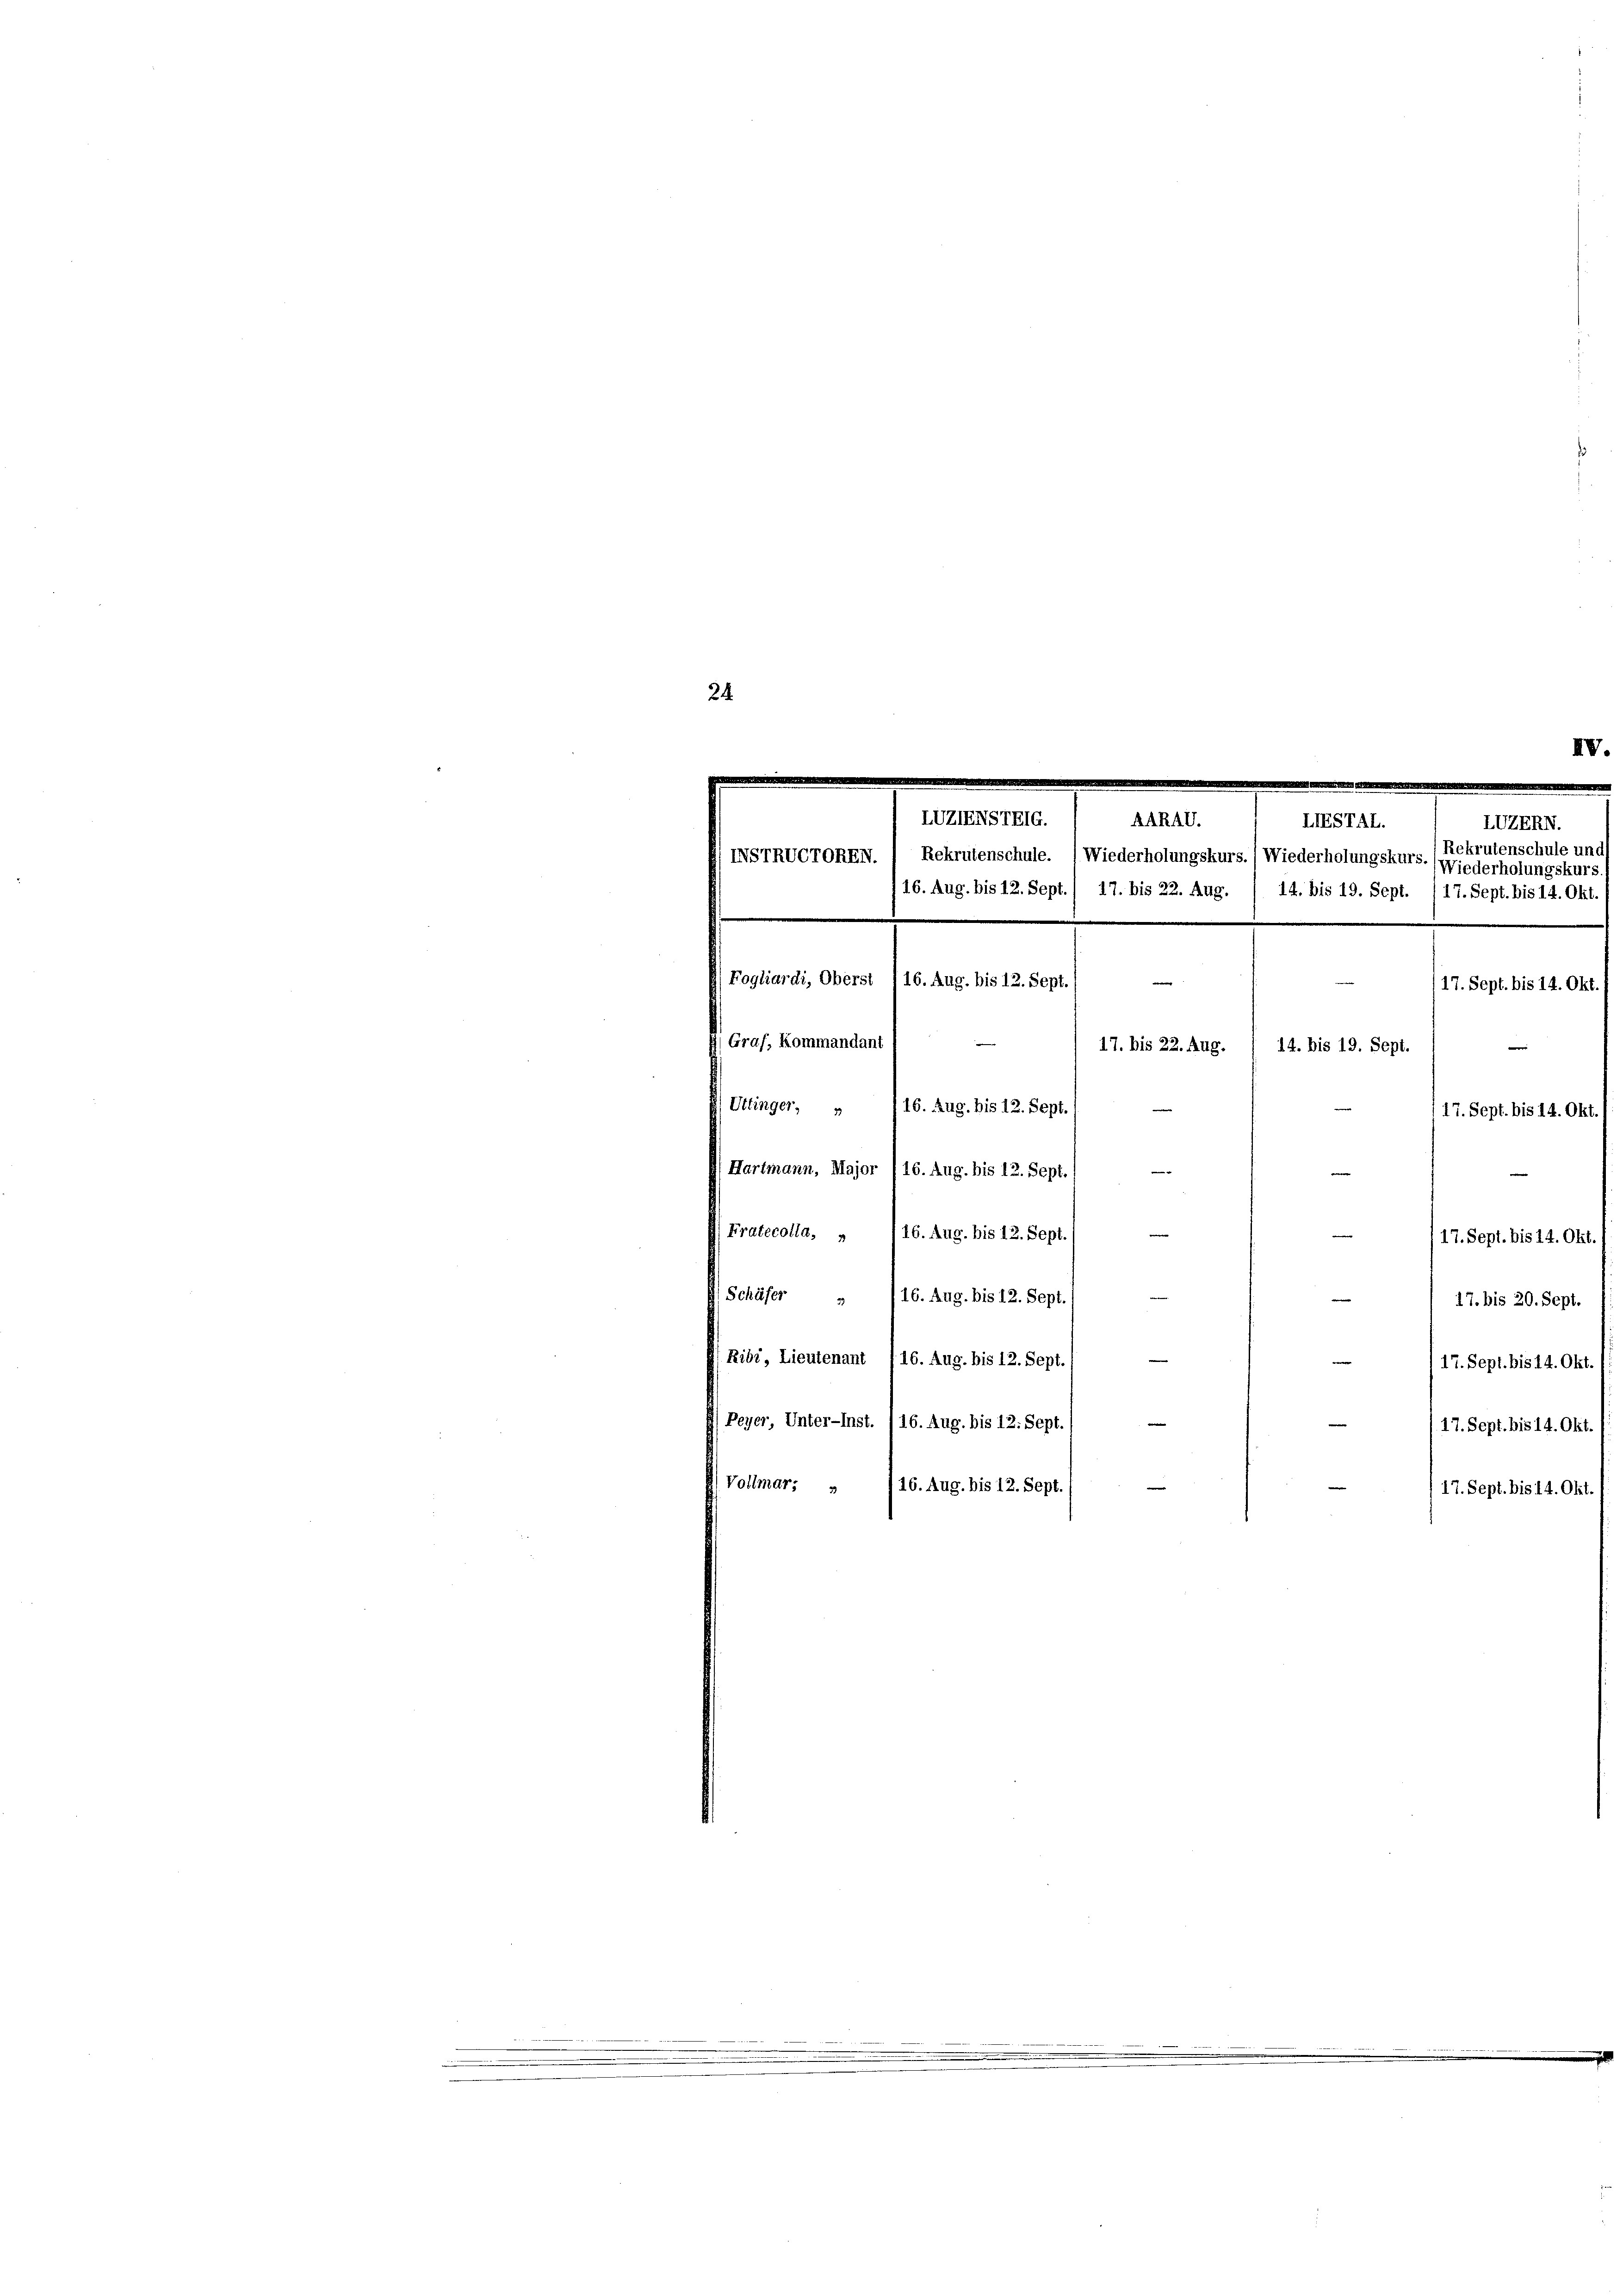
24

LUZIENSTRIG. / AARAV.
IIESTAL.
LUEERN.
Rekrutenschule und
NNSTRUCTOREN. / Rekrutenschule. (Wiederholungskurs. (Wiederholungskurs. (Wiederholungskurs
16. Aug. bis 12. Sept./ 17. bis 22. Aug. / 14. bis 19. Sept. (17. Sept. bis 14. Okt.
Fogliardi, Oberst I 16. Aug. bis 12. Sept.

Graf, Kommandant
14. bis 19. Sept.
17. bis 22. Aug.
Uttinger, „ /16. Aug. bis 12. Sept.
17. Sept. bis 14. Okt.
—
Hartmann, Major (16. Aug. bis 12. Sept./
e
.
Fratecolla, „ 116. Aug. bis 12. Sept.
17. Sept. bis 14. Okt.
Schäfer  /16. Aug. bis 12. Sept.
e
17. bis 20. Sept.
Ribi, Lieutenant (16. Aug. bis 12. Sept.
17. Sept. bis 14. Okt.

Peyer, Unter-Inst. 116. Aug. bis 12. Sept.) —
Vollmar: »
16. Aug. bis 12. Sept.

17. Sept. bis 14. Okt.

17. Sept. bis 14. Okt.
e

17. Sept. bis 14. Okt